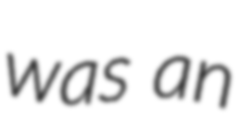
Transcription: was an